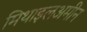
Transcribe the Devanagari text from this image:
मिथाइलअमीन